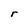
Character: r